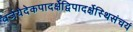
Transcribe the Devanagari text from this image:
वर्जयेदेकपादर्क्षेद्विपादर्क्षेस्थिसंचयं